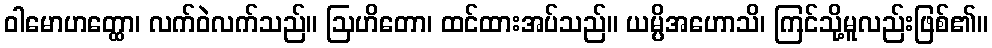
ဝါမောဟတ္ထော၊ လက်ဝဲလက်သည်။ ဩဟိတော၊ ထင်ထားအပ်သည်။ ယမ္ပိအဟောသိ၊ ကြင်သို့မူလည်းဖြစ်၏။